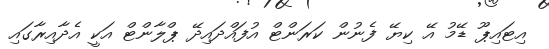
އިޓައިޕޫ ޑޭމު އޭ ކިޔޭ ފެނުން ކަރަންޓް އުފައްދައިދޭ ޕްލާންޓް އަކީ އެދާއިރާގައި